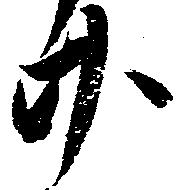
廿